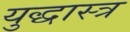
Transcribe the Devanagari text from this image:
युद्धास्त्र